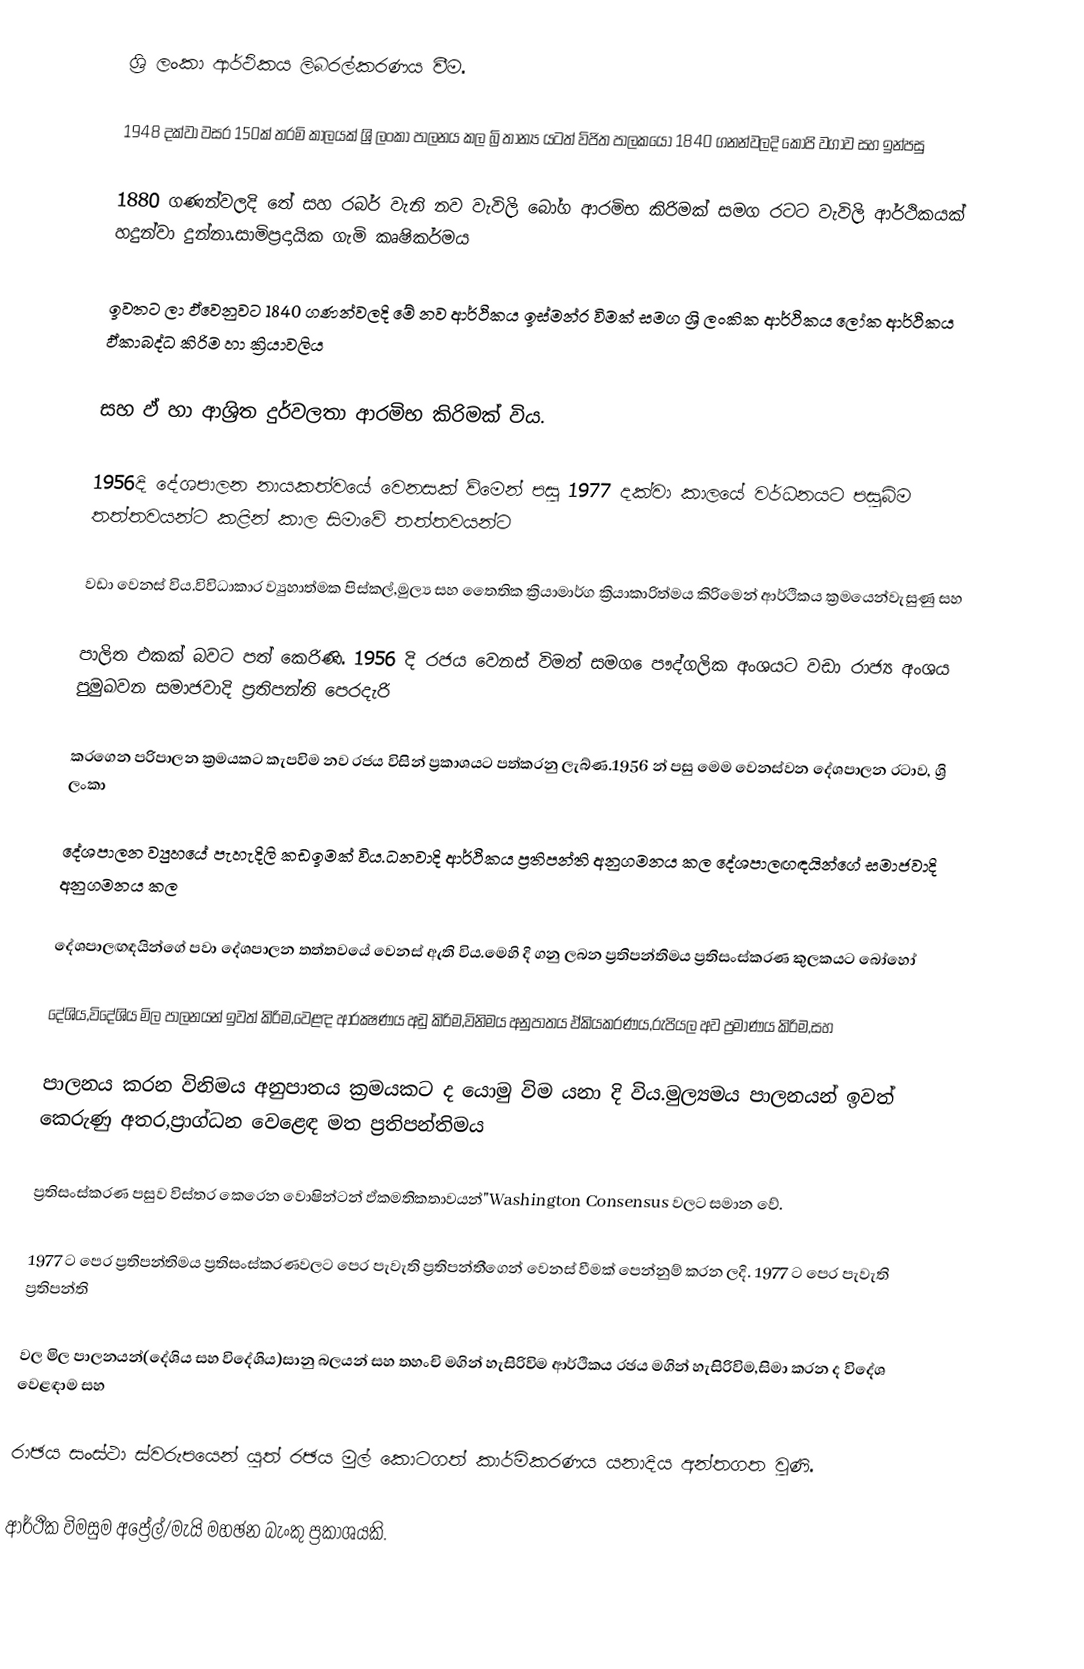
ශ්‍රි  ලංකා  ආර්ථිකය  ලිබරල්කරණය  වීම.

1948 දක්වා වසර 150ක් තරමි  කාලයක් ශ්‍රි  ලංකා පාලනය කල බ්‍රි තාන්‍ය යටත්  විජිත පාලකයෝ  1840 ගනන්වලදි කෝපි වගාව  සහ ඉන්පසු

1880 ගණන්වලදි තේ සහ රබර් වැනි නව වැවිලි  බෝග ආරමිභ කිරිමක් සමග රටට වැවිලි ආර්ථිකයක්  හදුන්වා  දුන්නා.සාමිප්‍රදායික ගැමි කෘෂිකර්මය

ඉවතට ලා  ඵ්වෙනුවට 1840 ගණන්වලදි මේ  නව ආර්ථිකය ඉස්මන්‍ර විමක් සමග ශ්‍රි  ලංකික ආර්ථිකය ලෝක ආර්ථිකය  ඵ්කාබද්ධ  කිරිම හා ක්‍රියාවලිය

සහ ඵ් හා ආශ්‍රිත දුර්වලතා  ආරමිභ කිරිමක් විය.

1956දි දේශපාලන නායකත්වයේ  වෙනසක් ව්මෙන් පසු 1977 දක්වා  කාලයේ   වර්ධනයට පසුබිම තත්තවයන්ට කළින් කාල සිමා‍වේ තත්තවයන්ට

වඩා වෙනස් ‍විය.විවිධාකාර ව්‍යුහාත්මක පිස්කල්,මුල්‍ය සහ  තෛතික ක්‍රියාමාර්ග ක්‍රියාකාරිත්මය  කිරිමෙන් ආර්ථිකය  ක්‍රමයෙන්වැසුණු සහ

පාලිත ඵකක් බවට පත් කෙරිණි. 1956 දි රජය වෙනස් විමත්  සමග ‍‍ෙපෳද්ගලික අංශයට වඩා රාජ්‍ය අංශය පුමුඛවන  සමාජවාදි ප්‍රතිපන්ති  පෙරදැරි

කරගෙන පරිපාලන ක්‍රමයකට කැප‍විම නව රජය විසින් ප්‍රකාශයට  පත්කරනු ලැබ්ණ.1956 න්  පසු මෙම වෙනස්වන දේශපාලන රටාව, ශ්‍රි  ලංකා

දේශපාලන ව්‍යුහයේ පැහැදිලි කඩඉමක් විය.ධනවාදි  ආර්ථිකය  ප්‍රතිපන්ති අනුගමනය  කල දේශපාලඟඳයින්ගේ සමාජවාදි අනුගමනය  කල

දේශපාලඟඳයින්ගේ පවා  දේශපාලන   තත්තවයේ  වෙනස් ඇති විය.මෙහි දි ගනු ලබන ප්‍රතිපන්තිමය ප්‍රතිසංස්කරණ කුලකයට  බෝහෝ ‍

දේශිය,විදේශිය මිල පාලනයන් ඉවත්  කිරිම,වෙළඳ ආරක්‍ෂණය  අඩු  කිරිම,විනිමය අනුපාතය ඵ්කියකරණය,රුපියල අව   ප්‍රමාණය  කිරිම,සහ

පාලනය  කරන විනිමය අනුපාතය ක්‍රමයකට  ද   යොමු විම  යනා දි   විය.මුල්‍යමය පාලනයන්    ඉවත් කෙරුණු   අතර,ප්‍රාග්ධන වෙළෙඳ මත ප්‍රතිපන්තිමය

ප්‍රතිසංස්කරණ පසුව විස්තර  කෙරෙන වොෂින්ටන්  ඵ්කමතිකතාවයන්"Washington  Consensus  වලට සමාන ‍වේ.

1977 ට පෙර ප්‍රතිපන්තිමය  ප්‍රතිසංස්කරණවලට පෙර   පැවැති ප්‍රතිපන්තීගෙන්  වෙනස්  වීමක් පෙන්නුම් කරන ලදි. 1977 ට පෙර පැවැති  ප්‍රතිපන්ති

වල මිල   පාලනයන්(දේශිය සහ විදේශිය)සානු බලයන් සහ තහංචි  මගින් හැසිරිවිම ආර්ථිකය රඡය මගින් හැසිරිවිම,සිමා කරන  ද විදේශ වෙළඳාම සහ

රාඡය සංස්ථා ස්වරුපයෙන් යුත් රඡය  මුල් කොටගත් කාර්මිකරණය  යනාදිය අන්තගත   වුණි.

ආර්ථික විමසුම අප්‍රේල්/මැයි මහඡන බැංකු ප්‍රකාශයකි.